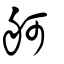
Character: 舸